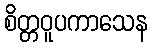
စိတ္တဝူပကာသေန